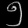
Digit: ၅